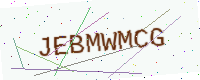
Text: JEBMWMCG